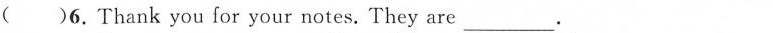
( )6. Thank you for your notes. They are___.